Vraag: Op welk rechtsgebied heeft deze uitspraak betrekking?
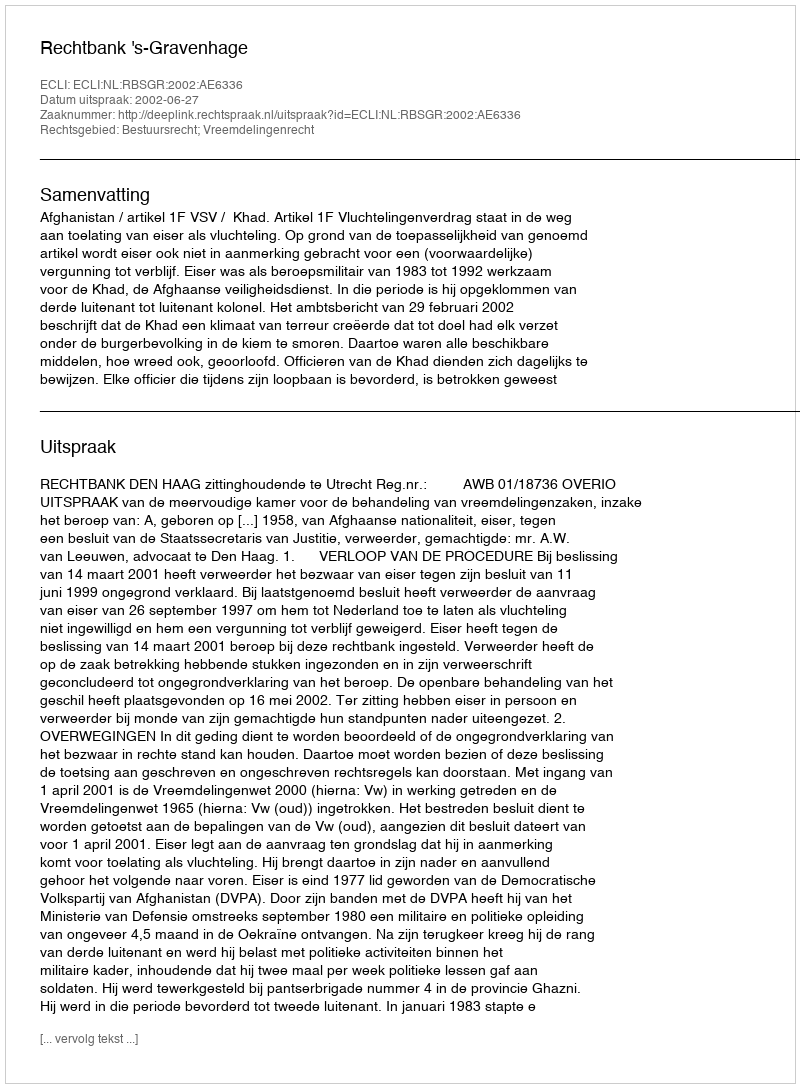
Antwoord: Bestuursrecht; Vreemdelingenrecht